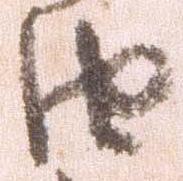
由